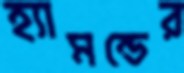
হ্যামন্ডের